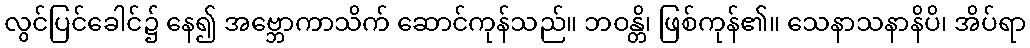
လွင်ပြင်ခေါင်၌ နေ၍ အဗ္ဘောကာသိက် ဆောင်ကုန်သည်။ ဘဝန္တိ၊ ဖြစ်ကုန်၏။ သေနာသနာနိပိ၊ အိပ်ရာ